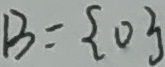
B = \{ 0 \}